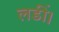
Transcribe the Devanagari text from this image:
लडीं।